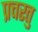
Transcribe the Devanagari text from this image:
प्रचरतु